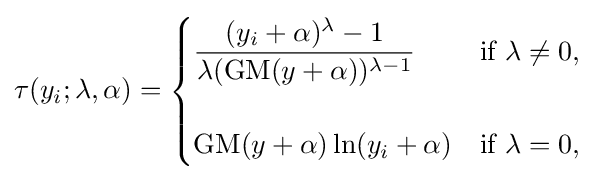
\tau (y_{i};\lambda ,\alpha )={\begin{cases}{\dfrac {(y_{i}+\alpha )^{\lambda }-1}{\lambda (\operatorname {GM} (y+\alpha ))^{\lambda -1}}}&{\text{if }}\lambda \neq 0,\\\\\operatorname {GM} (y+\alpha )\ln(y_{i}+\alpha )&{\text{if }}\lambda =0,\end{cases}}